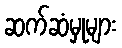
ဆက်ဆံမှုများ